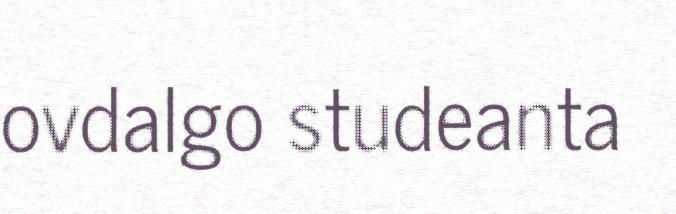
ovdalgo studeanta